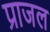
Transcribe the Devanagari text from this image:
प्राजल